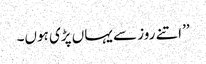
’’اتنے روز سے یہاں پڑی ہوں۔